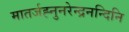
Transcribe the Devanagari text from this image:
मातर्जह्नुनरेन्द्रनन्दिनि